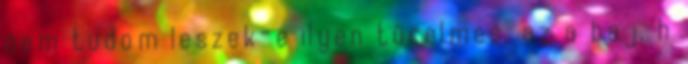
nem tudom leszek-e ilyen türelmes, az a baj, h